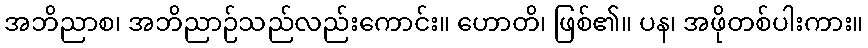
အဘိညာစ၊ အဘိညာဉ်သည်လည်းကောင်း။ ဟောတိ၊ ဖြစ်၏။ ပန၊ အဖိုတစ်ပါးကား။